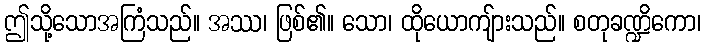
ဤသို့သောအကြံသည်။ အဿ၊ ဖြစ်၏။ သော၊ ထိုယောကျ်ားသည်။ စတုခဏ္ဍိကော၊